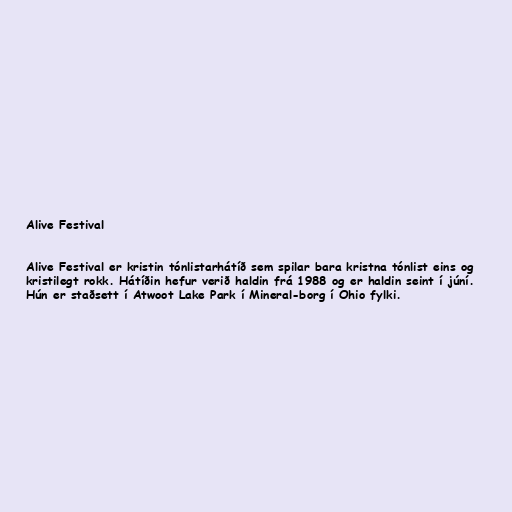
Alive Festival

Alive Festival er kristin tónlistarhátíð sem spilar bara kristna tónlist eins og
kristilegt rokk. Hátíðin hefur verið haldin frá 1988 og er haldin seint í júní.
Hún er staðsett í Atwoot Lake Park í Mineral-borg í Ohio fylki.